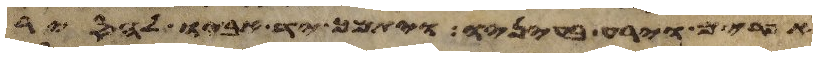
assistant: אפרים וירע בעיניו ויתמך יד אביו להסיר